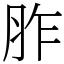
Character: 胙